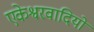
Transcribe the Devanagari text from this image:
एकेश्वरवादियों